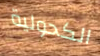
الكحولية